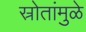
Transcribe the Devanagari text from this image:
स्रोतांमुळे